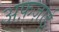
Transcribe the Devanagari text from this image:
अफ़ज़ाई